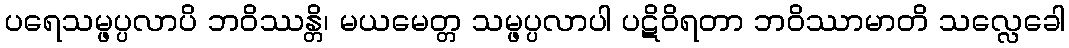
ပရေသမ္ဖပ္ပလာပိ ဘဝိဿန္တိ၊ မယမေတ္တ သမ္ဖပ္ပလာပါ ပဋိဝိရတာ ဘဝိဿာမာတိ သလ္လေခေါ